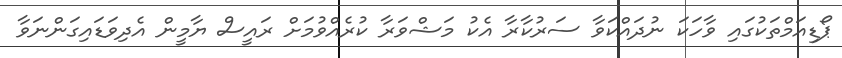
ޕޯޑިއަމްތަކުގައި ވާހަކަ ނުދައްކަވާ ސަރުކާރާ އެކު މަޝްވަރާ ކުރެއްވުމަށް ރައީސް ޔާމީން އެދިވަޑައިގަންނަވާ